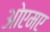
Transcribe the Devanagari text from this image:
ओएमए